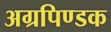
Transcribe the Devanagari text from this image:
अग्रपिण्डक